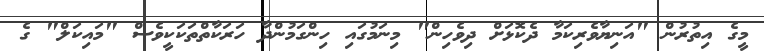
މީގެ އިތުރުން "އަނިޔާވެރިކަމާ ދެކޮޅަށް ދިވެހިން" މިނަމުގައި ހިންގަމުންދާ ހަރަކާތްތަކަކީވެސް "މައިކަލް" ގެ